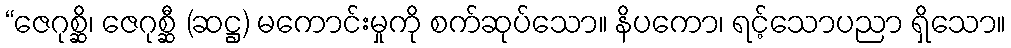
“ဇေဂုစ္ဆိ၊ ဇေဂုစ္ဆီ (ဆဋ္ဌ) မကောင်းမှုကို စက်ဆုပ်သော။ နိပကော၊ ရင့်သောပညာ ရှိသော။